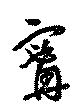
甯